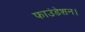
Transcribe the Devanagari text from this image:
फाउंडेशन।